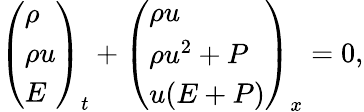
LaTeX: \left(\begin{array}{l}{\rho}\\ {\rho u}\\ {E}\end{array}\right)_{t}+\left(\begin{array}{l}{\rho u}\\ {\rho u^{2}+P}\\ {u(E+P)}\end{array}\right)_{x}=0,